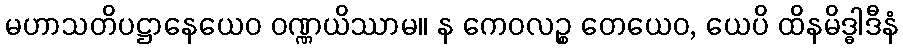
မဟာသတိပဋ္ဌာနေယေဝ ဝဏ္ဏယိဿာမ။ န ကေဝလဉ္စ တေယေဝ, ယေပိ ထိနမိဒ္ဓါဒီနံ